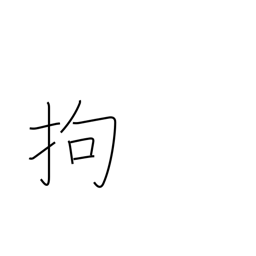
Meaning: adhere to